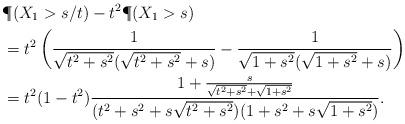
LaTeX: \begin{align*}& \P(X_1>s/t)-t^2\P(X_1>s)\\ &= t^2\left(\frac{1}{\sqrt{t^2+s^2}(\sqrt{t^2+s^2}+s)}-\frac{1}{\sqrt{1+s^2}(\sqrt{1+s^2}+s)} \right)\\&=t^2(1-t^2)\frac{1+\frac{s}{\sqrt{t^2+s^2}+\sqrt{1+s^2}}}{(t^2+s^2+s\sqrt{t^2+s^2})(1+s^2+s\sqrt{1+s^2})}.\end{align*}